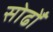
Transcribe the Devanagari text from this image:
सोढोँ